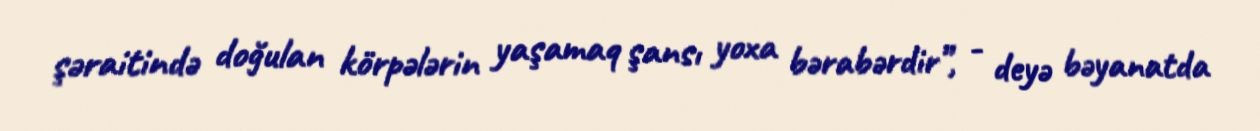
şəraitində doğulan körpələrin yaşamaq şansı yoxa bərabərdir”, - deyə bəyanatda